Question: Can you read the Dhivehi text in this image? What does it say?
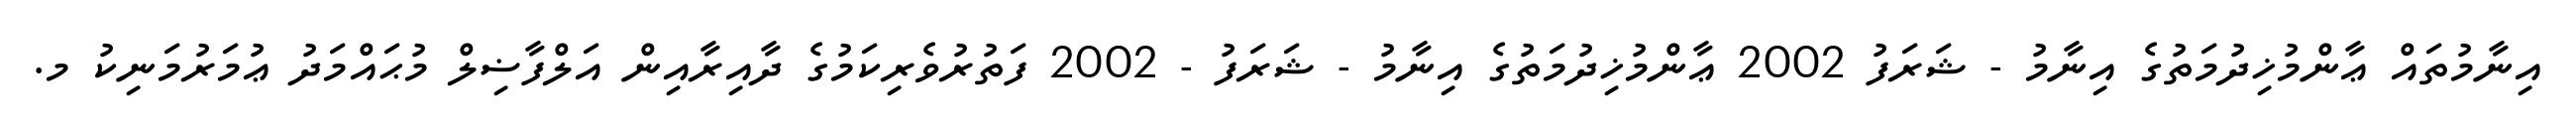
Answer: އިނާމުތައް ޢާންމުޚިދުމަތުގެ އިނާމު - ޝަރަފު 2002 ޢާންމުޚިދުމަތުގެ އިނާމު - ޝަރަފު - 2002 ފަތުރުވެރިކަމުގެ ދާއިރާއިން އަލްފާޟިލް މުޙައްމަދު ޢުމަރުމަނިކު މ.